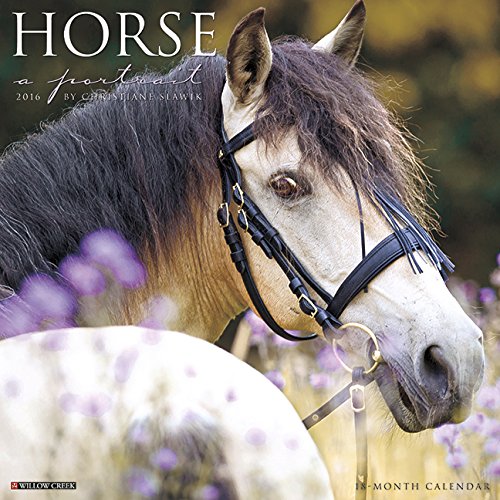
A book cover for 2016 Horse: A Portrait Wall Calendar; Willow Creek Press; Calendars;